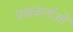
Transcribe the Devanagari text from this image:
प्रश्नकर्ताओं